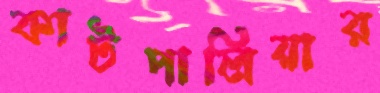
কাটপালিয়ার